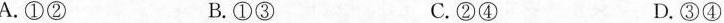
A.①② B.①③ C.②④ D.③④